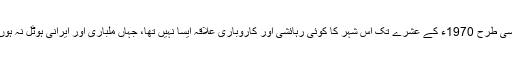
اسی طرح 1970ء کے عشرے تک اس شہر کا کوئی رہائشی اور کاروباری علاقہ ایسا نہیں تھا، جہاں ملباری اور ایرانی ہوٹل نہ ہوں۔